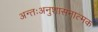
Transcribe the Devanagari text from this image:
अन्तःअनुशासनात्मक